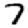
Digit: 7